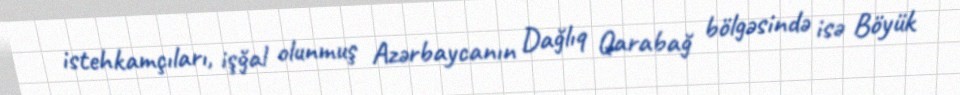
istehkamçıları, işğal olunmuş Azərbaycanın Dağlıq Qarabağ bölgəsində isə Böyük